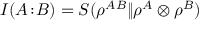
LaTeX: I ( A \! : \! B ) = S ( \rho ^ { A B } \| \rho ^ { A } \otimes \rho ^ { B } )